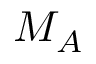
M _ { A }